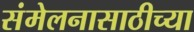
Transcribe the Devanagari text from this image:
संमेलनासाठीच्या